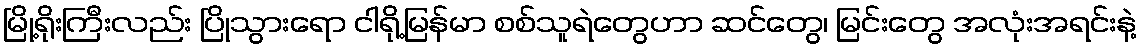
မြို့ရိုးကြီးလည်း ပြိုသွားရော ငါရို့မြန်မာ စစ်သူရဲတွေဟာ ဆင်တွေ၊ မြင်းတွေ အလုံးအရင်းနဲ့